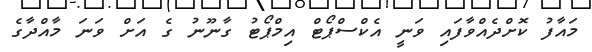
މައާފު ކޮށްދެއްވާފައި ވަނީ އެކްސްޕޯޓް އިމްޕޯޓު ގާނޫނު ގެ އަށް ވަނަ މާއްދާގެ